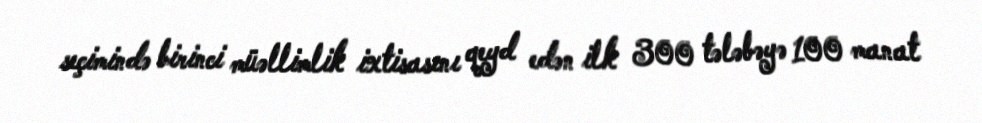
seçimində birinci müəllimlik ixtisasını qeyd edən ilk 300 tələbəyə 100 manat